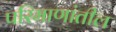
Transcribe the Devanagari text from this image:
परिमाणांतील